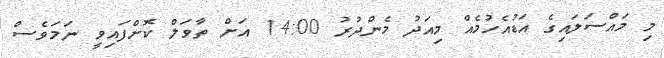
މި މައްސަލައިގެ އަޑުއެހުމެއް މިއަދު މެންދުރު 14:00 އަށް ތާވަލް ކޮށްފައިވީ ނަމަވެސް